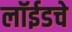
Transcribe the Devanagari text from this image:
लॉईडचे